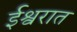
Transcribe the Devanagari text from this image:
ईश्वरात